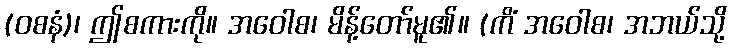
(ဝစနံ)၊ ဤစကားကို။ အဝေါစ၊ မိန့်တော်မူ၏။ (ကိံ အဝေါစ၊ အဘယ်သို့